Bulletin of the Pasteur Institute of Southern India, Coonoor - No. 1.
Year: 1908
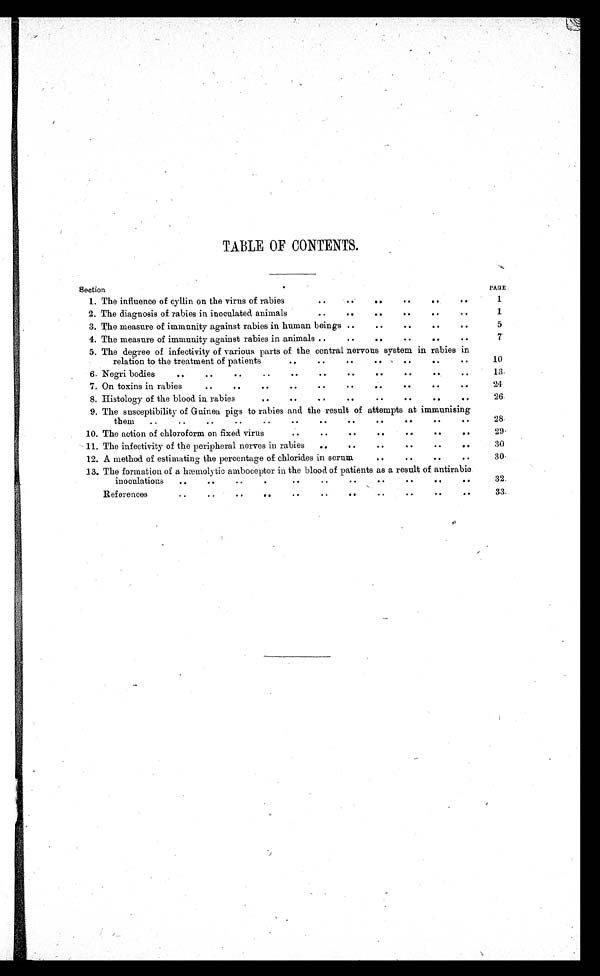
TABLE OF CONTENTS.
Section
1. The influence of cyllin on the virus of rabies
2. The diagnosis of rabies in inoculated animals
3. The measure of immunity against rabies in human beings
4. The measure of immunity against rabies in animals
PAGE
1
1
5
7
5 . The degree of infectivity of various parts of the central nervous system in rabies in
relation to the treatment of patients
10
6. Negri bodies
13
7. On toxins in rabies
24
8. Histology of the blood in rabies
26
9 . The susceptibility of Guinea pigs to rabies and the result of attempts at immunising
them
28
10. The action of chloroform on fixed virus
29
11.The infectivity of the peripheral nerves in rabies
30
12 . A method of estimating the percentage of chlorides in serum
30
13 . The formation of a hæmolytic amboceptor in the blood of patients as a result of antirabic
inoculations
32
References
33